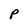
Character: P